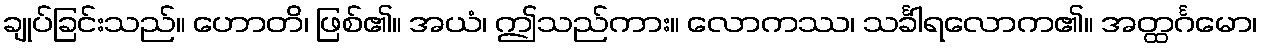
ချုပ်ခြင်းသည်။ ဟောတိ၊ ဖြစ်၏။ အယံ၊ ဤသည်ကား။ လောကဿ၊ သင်္ခါရလောက၏။ အတ္ထင်္ဂမော၊